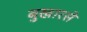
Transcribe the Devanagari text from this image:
बुखारसे